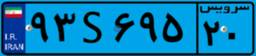
۹۳S۶۹۵۲۰